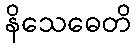
နိသေဓေတိ